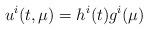
LaTeX: \begin{align*}u^i(t,\mu)=h^i(t)g^i(\mu)\end{align*}